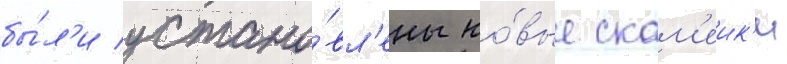
бы́л'и устано́вл'ены но́вые скам'еик'и